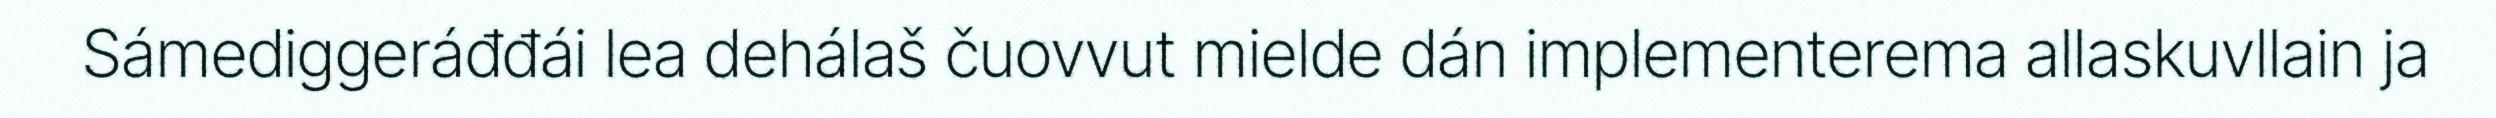
Sámediggeráđđái lea dehálaš čuovvut mielde dán implementerema allaskuvllain ja